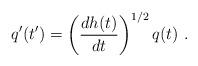
LaTeX: \begin{align*}q'(t') = \left(\frac{dh(t)}{dt}\right)^{1/2} q(t)\ .\end{align*}